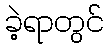
ခဲ့ရာတွင်